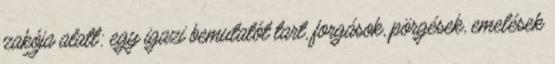
zakója alatt: egy igazi bemutatót tart, forgások, pörgések, emelések